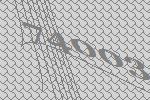
74003